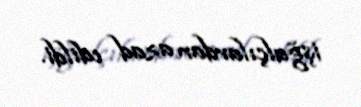
işğalçılardan azad edildi.